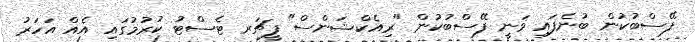
ފޭސްބުކުން ބުނެފައި ވަނީ ފޭސްބުކުން "ރިއެކްޝަންސް" ފީޗަރ ޓެސްޓު ކުރުމުގައި އެއް އަހަރު